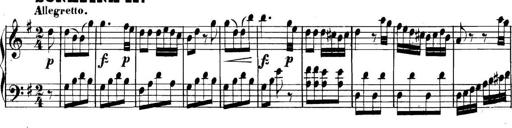
Title: Collected Piano Sonatas
Composer: Muzio Clementi